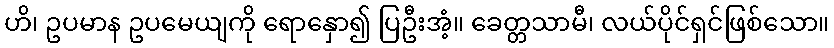
ဟိ၊ ဥပမာန ဥပမေယျကို ရောနှော၍ ပြဦးအံ့။ ခေတ္တသာမီ၊ လယ်ပိုင်ရှင်ဖြစ်သော။